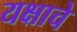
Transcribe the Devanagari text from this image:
यक्षाचे